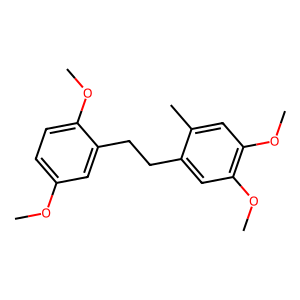
SMILES: COc1ccc(OC)c(CCc2cc(OC)c(OC)cc2C)c1
Inhibits HIV replication: No